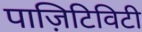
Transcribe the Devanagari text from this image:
पाज़िटिविटी